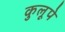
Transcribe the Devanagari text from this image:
कुलूपे